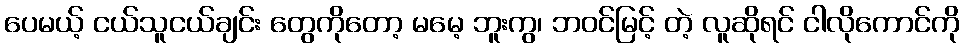
ပေမယ့် ငယ်သူငယ်ချင်း တွေကိုတော့ မမေ့ ဘူးကွ၊ ဘဝင်မြင့် တဲ့ လူဆိုရင် ငါလိုကောင်ကို